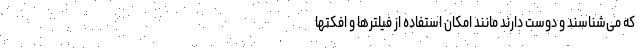
که می‌شناسند و دوست دارند مانند امکان استفاده از فیلترها و افکتها